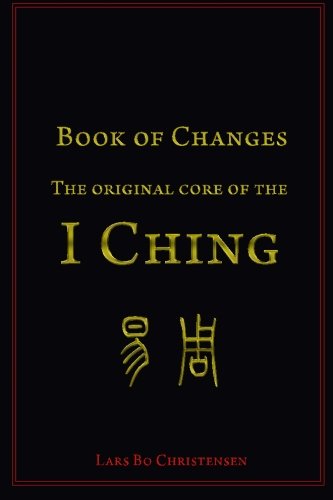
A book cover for Book of Changes - The Original Core of the I Ching; Lars Bo Christensen; Religion & Spirituality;